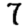
Digit: 7